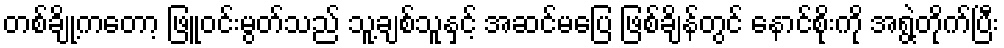
တစ်ချို့ကတော့ ဖြူဝင်းမွတ်သည် သူ့ချစ်သူနှင့် အဆင်မပြေ ဖြစ်ချိန်တွင် နောင်စိုးကို အရွဲ့တိုက်ပြီး